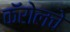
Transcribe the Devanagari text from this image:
कॅरोलचे